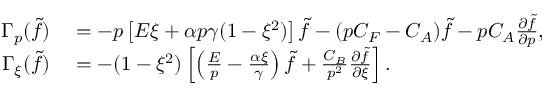
\begin{array} { r l } { \Gamma _ { p } ( \tilde { f } ) } & { { } = - p \left[ E \xi + \alpha p \gamma ( 1 - \xi ^ { 2 } ) \right] \tilde { f } - ( p C _ { F } - C _ { A } ) \tilde { f } - p C _ { A } \frac { \partial \tilde { f } } { \partial p } , } \\ { \Gamma _ { \xi } ( \tilde { f } ) } & { { } = - ( 1 - \xi ^ { 2 } ) \left[ \left( \frac E p - \frac { \alpha \xi } { \gamma } \right) \tilde { f } + \frac { C _ { B } } { p ^ { 2 } } \frac { \partial \tilde { f } } { \partial \xi } \right] . } \end{array}